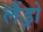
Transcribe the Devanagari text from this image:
लैंड्रो